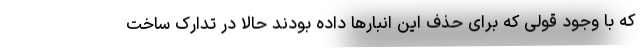
که با وجود قولی که برای حذف این انبارها داده بودند حالا در تدارک ساخت